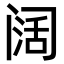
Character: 阔